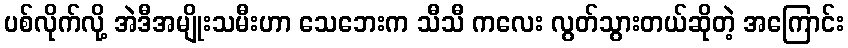
ပစ်လိုက်လို့ အဲဒီအမျိုးသမီးဟာ သေဘေးက သီသီ ကလေး လွတ်သွားတယ်ဆိုတဲ့ အကြောင်း